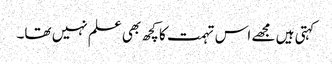
کہتی ہیں مجھے اس تہمت کا کچھ بھی علم نہیں تھا۔